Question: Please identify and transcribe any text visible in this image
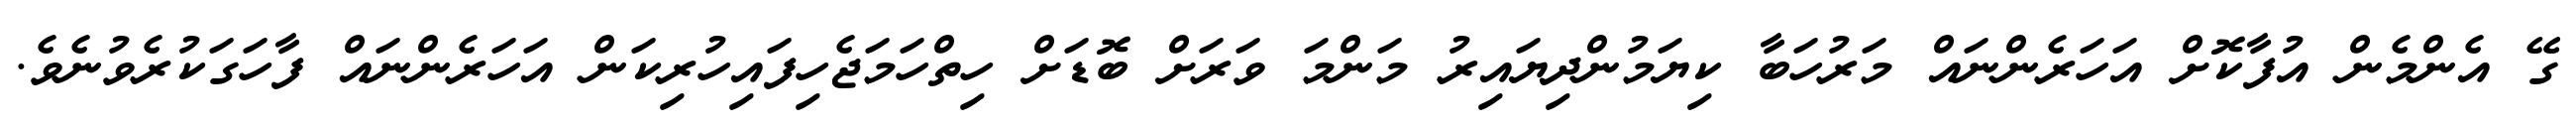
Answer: ގޭ އެންމެން އުފާކޮށް އަހަރެންނައް މަރުހަބާ ކިޔަމުންދިޔައިރު މަންމަ ވަރަށް ބޮޑަށް ހިތްހަމަޖެހިފައިހުރިކަން އަހަރެންނައް ފާހަގަކުރެވުނެވެ.